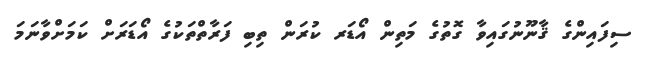
ސިފައިންގެ ޤާނޫނުގައިވާ ގޮތުގެ މަތިން އޯޑަރ ކުރަން ތިބި ފަރާތްތަކުގެ އޯޑަރަށް ކަމަށްވާނަމަ